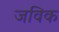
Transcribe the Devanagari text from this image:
जविक